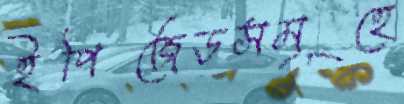
ইপিজেডসমূহে